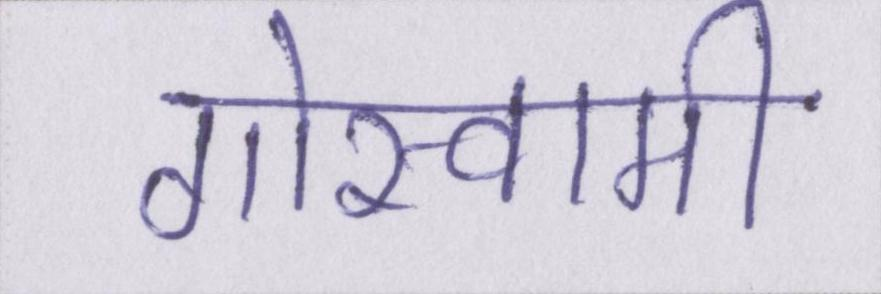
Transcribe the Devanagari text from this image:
गोस्वामी